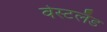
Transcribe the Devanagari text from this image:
वेस्टलँड